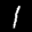
Label: 1